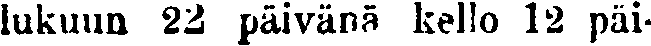
lukuun 22 päivänä kello 12 päi-